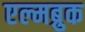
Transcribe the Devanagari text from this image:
एल्मब्रुक